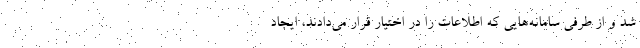
شد و از طرفی سامانه‌هایی که اطلاعات را در اختیار قرار می‌دادند، ایجاد